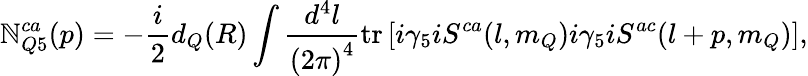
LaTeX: \mathbb{N}_{Q5}^{ca}(p)=-\frac{{i}}{{2}}d_{Q}(R)\int\frac{{d^{4}l}}{{{(2\pi)}^{4}}}\mathrm{{tr}}\left[i\gamma_{5}iS^{ca}(l,m_{Q})i\gamma_{5}iS^{ac}(l+p,m_{Q})\right],